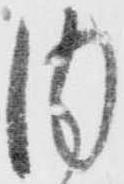
内